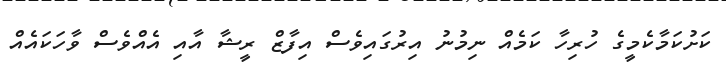
ކަށުކަމާކެމީގެ ހުރިހާ ކަމެއް ނިމުނު އިރުގައިވެސް އިފާޒް ރީޝާ އާއި އެއްވެސް ވާހަކައެއް